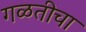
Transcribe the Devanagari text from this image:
गळतीचा